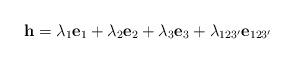
LaTeX: \begin{align*}\mathbf{h}=\lambda_{1}\mathbf{e}_1+\lambda_{2}\mathbf{e}_2+\lambda_{3}\mathbf{e}_3+\lambda_{123'}\mathbf{e}_{123'}\end{align*}